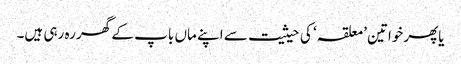
یاپھرخواتین ’معلقہ‘ کی حیثیت سے اپنے ماں باپ کے گھر رہ رہی ہیں۔